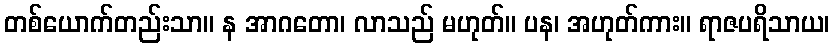
တစ်ယောက်တည်းသာ။ န အာဂတော၊ လာသည် မဟုတ်။ ပန၊ အဟုတ်ကား။ ရာဇပရိသာယ၊